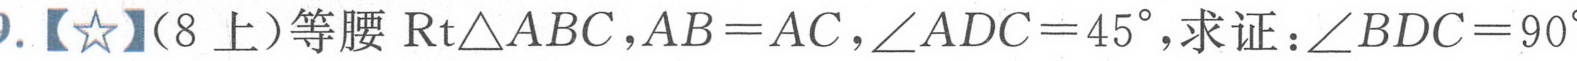
.【☆】（8上）等腰$\mathrm{Rt}\triangle ABC，AB = AC，\angle ADC = 45^{\circ}$，求证：$\angle BDC = 90^{\circ}$